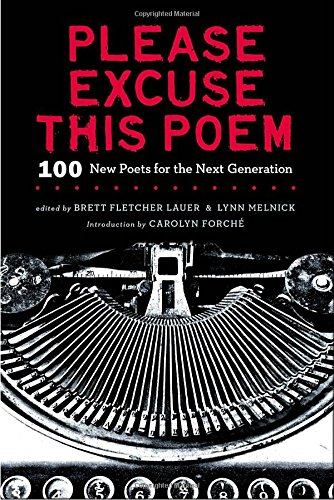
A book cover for Please Excuse This Poem: 100 New Poets for the Next Generation; Brett Fletcher Lauer; Teen & Young Adult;